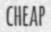
CHEAP